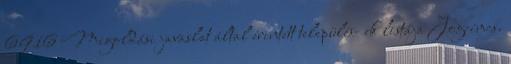
6916 Megoldási javaslat által érintett település- ek listája Jogcímcs.